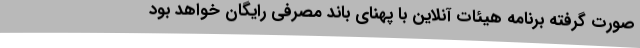
صورت گرفته برنامه هیئات آنلاین با پهنای باند مصرفی رایگان خواهد بود